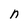
Character: n